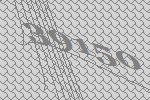
39150